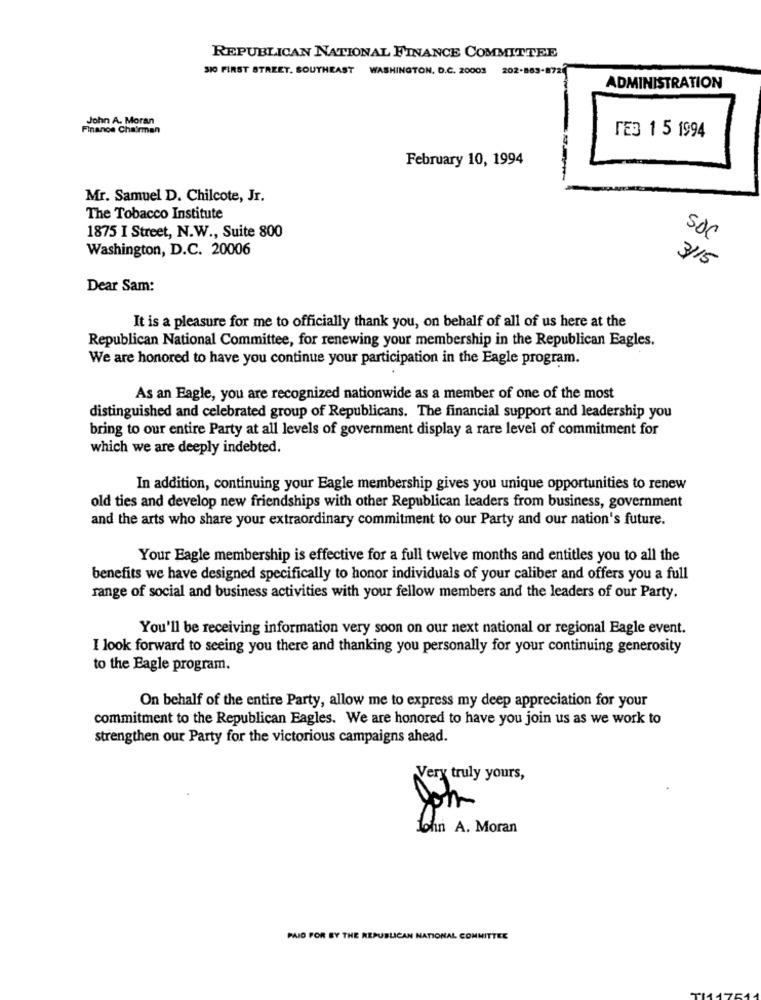
REPUBLICAN NATIONAL FINANCE COMMITTEE
SIO FIRST STREET. SOUTHEAST WASHINGTON, D.C. 20003
202-88
ADMINISTRATION
John A. Moran
Finance Chairman
ГЕЗ 1 5 1994
February 10, 1994
Mr. Samuel D. Chilcote, Jr.
The Tobacco Institute
1875 I Street, N.W ., Suite 800
SDC
Washington, D.C. 20006
3/15
Dear Sam:
It is a pleasure for me to officially thank you, on behalf of all of us here at the
Republican National Committee, for renewing your membership in the Republican Eagles.
We are honored to have you continue your participation in the Eagle program.
As an Eagle, you are recognized nationwide as a member of one of the most
distinguished and celebrated group of Republicans. The financial support and leadership you
bring to our entire Party at all levels of government display a rare level of commitment for
which we are deeply indebted.
In addition, continuing your Eagle membership gives you unique opportunities to renew
old ties and develop new friendships with other Republican leaders from business, government
and the arts who share your extraordinary commitment to our Party and our nation's future.
Your Eagle membership is effective for a full twelve months and entitles you to all the
benefits we have designed specifically to honor individuals of your caliber and offers you a full
range of social and business activities with your fellow members and the leaders of our Party.
You'll be receiving information very soon on our next national or regional Eagle event.
I look forward to seeing you there and thanking you personally for your continuing generosity
to the Eagle program.
On behalf of the entire Party, allow me to express my deep appreciation for your
commitment to the Republican Eagles. We are honored to have you join us as we work to
strengthen our Party for the victorious campaigns ahead.
Very truly yours,
John
John A. Moran
PAID FOR BY THE REPUBLICAN NATIONAL COMMITTEE